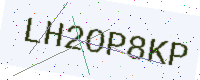
Text: LH2OP8KP